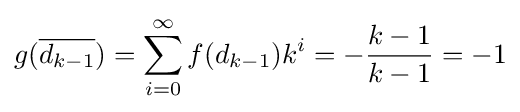
g({\overline {d_{k-1}}})=\sum _{i=0}^{\infty }f(d_{k-1})k^{i}=-{\frac {k-1}{k-1}}=-1